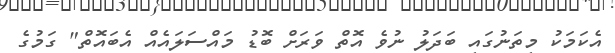
އެކަމަކު މިތަނުގައި ބަދަލު ނުވެ އޮތް ވަރަށް ބޮޑު މައްސަލައެއް އެބައޮތް" ގަމުގެ